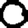
Digit: 0